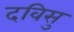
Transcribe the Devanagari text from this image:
दविसु